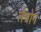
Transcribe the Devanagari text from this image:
लैबोन